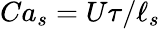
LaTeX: Ca_{s}=U\tau/\ell_{s}